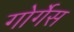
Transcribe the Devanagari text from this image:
गोर्गेस